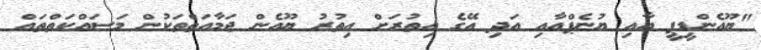
"ޔޫއެންޑީޕީ އާއި ޔުނެޕްއާއި އަދި އޭގެ އިތުރަށް އިތުރު ޔޫއެން ޖަމާއަތްތަކުން މަސައްކަތްތައް